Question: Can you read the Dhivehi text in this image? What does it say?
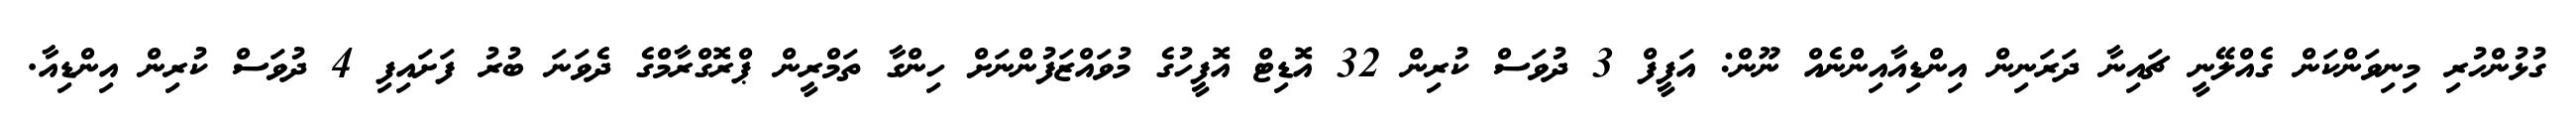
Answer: ގުޅުންހުރި މިނިވަންކަން ގެއްލޭނީ ޗައިނާ ދަރަނިން އިންޑިއާއިންނެއް ނޫން: އަފީފް 3 ދުވަސް ކުރިން 32 އޮޑިޓް އޮފީހުގެ މުވައްޒަފުންނަށް ހިންގާ ތަމްރީން ޕްރޮގްރާމްގެ ދެވަނަ ބުރު ފަށައިފި 4 ދުވަސް ކުރިން އިންޑިއާ.